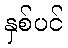
နှစ်ပင်